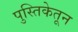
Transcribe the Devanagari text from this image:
पुस्तिकेतून